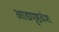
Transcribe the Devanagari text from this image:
आद्यपृष्ठवंश